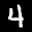
Label: 4